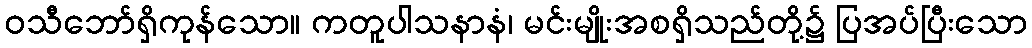
ဝသီဘော်ရှိကုန်သော။ ကတူပါသနာနံ၊ မင်းမျိုးအစရှိသည်တို့၌ ပြအပ်ပြီးသော